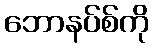
ဘောနပ်စ်ကို